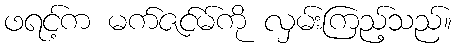
ဖရင့်က မက်ဇင်မ်ကို လှမ်းကြည့်သည်။